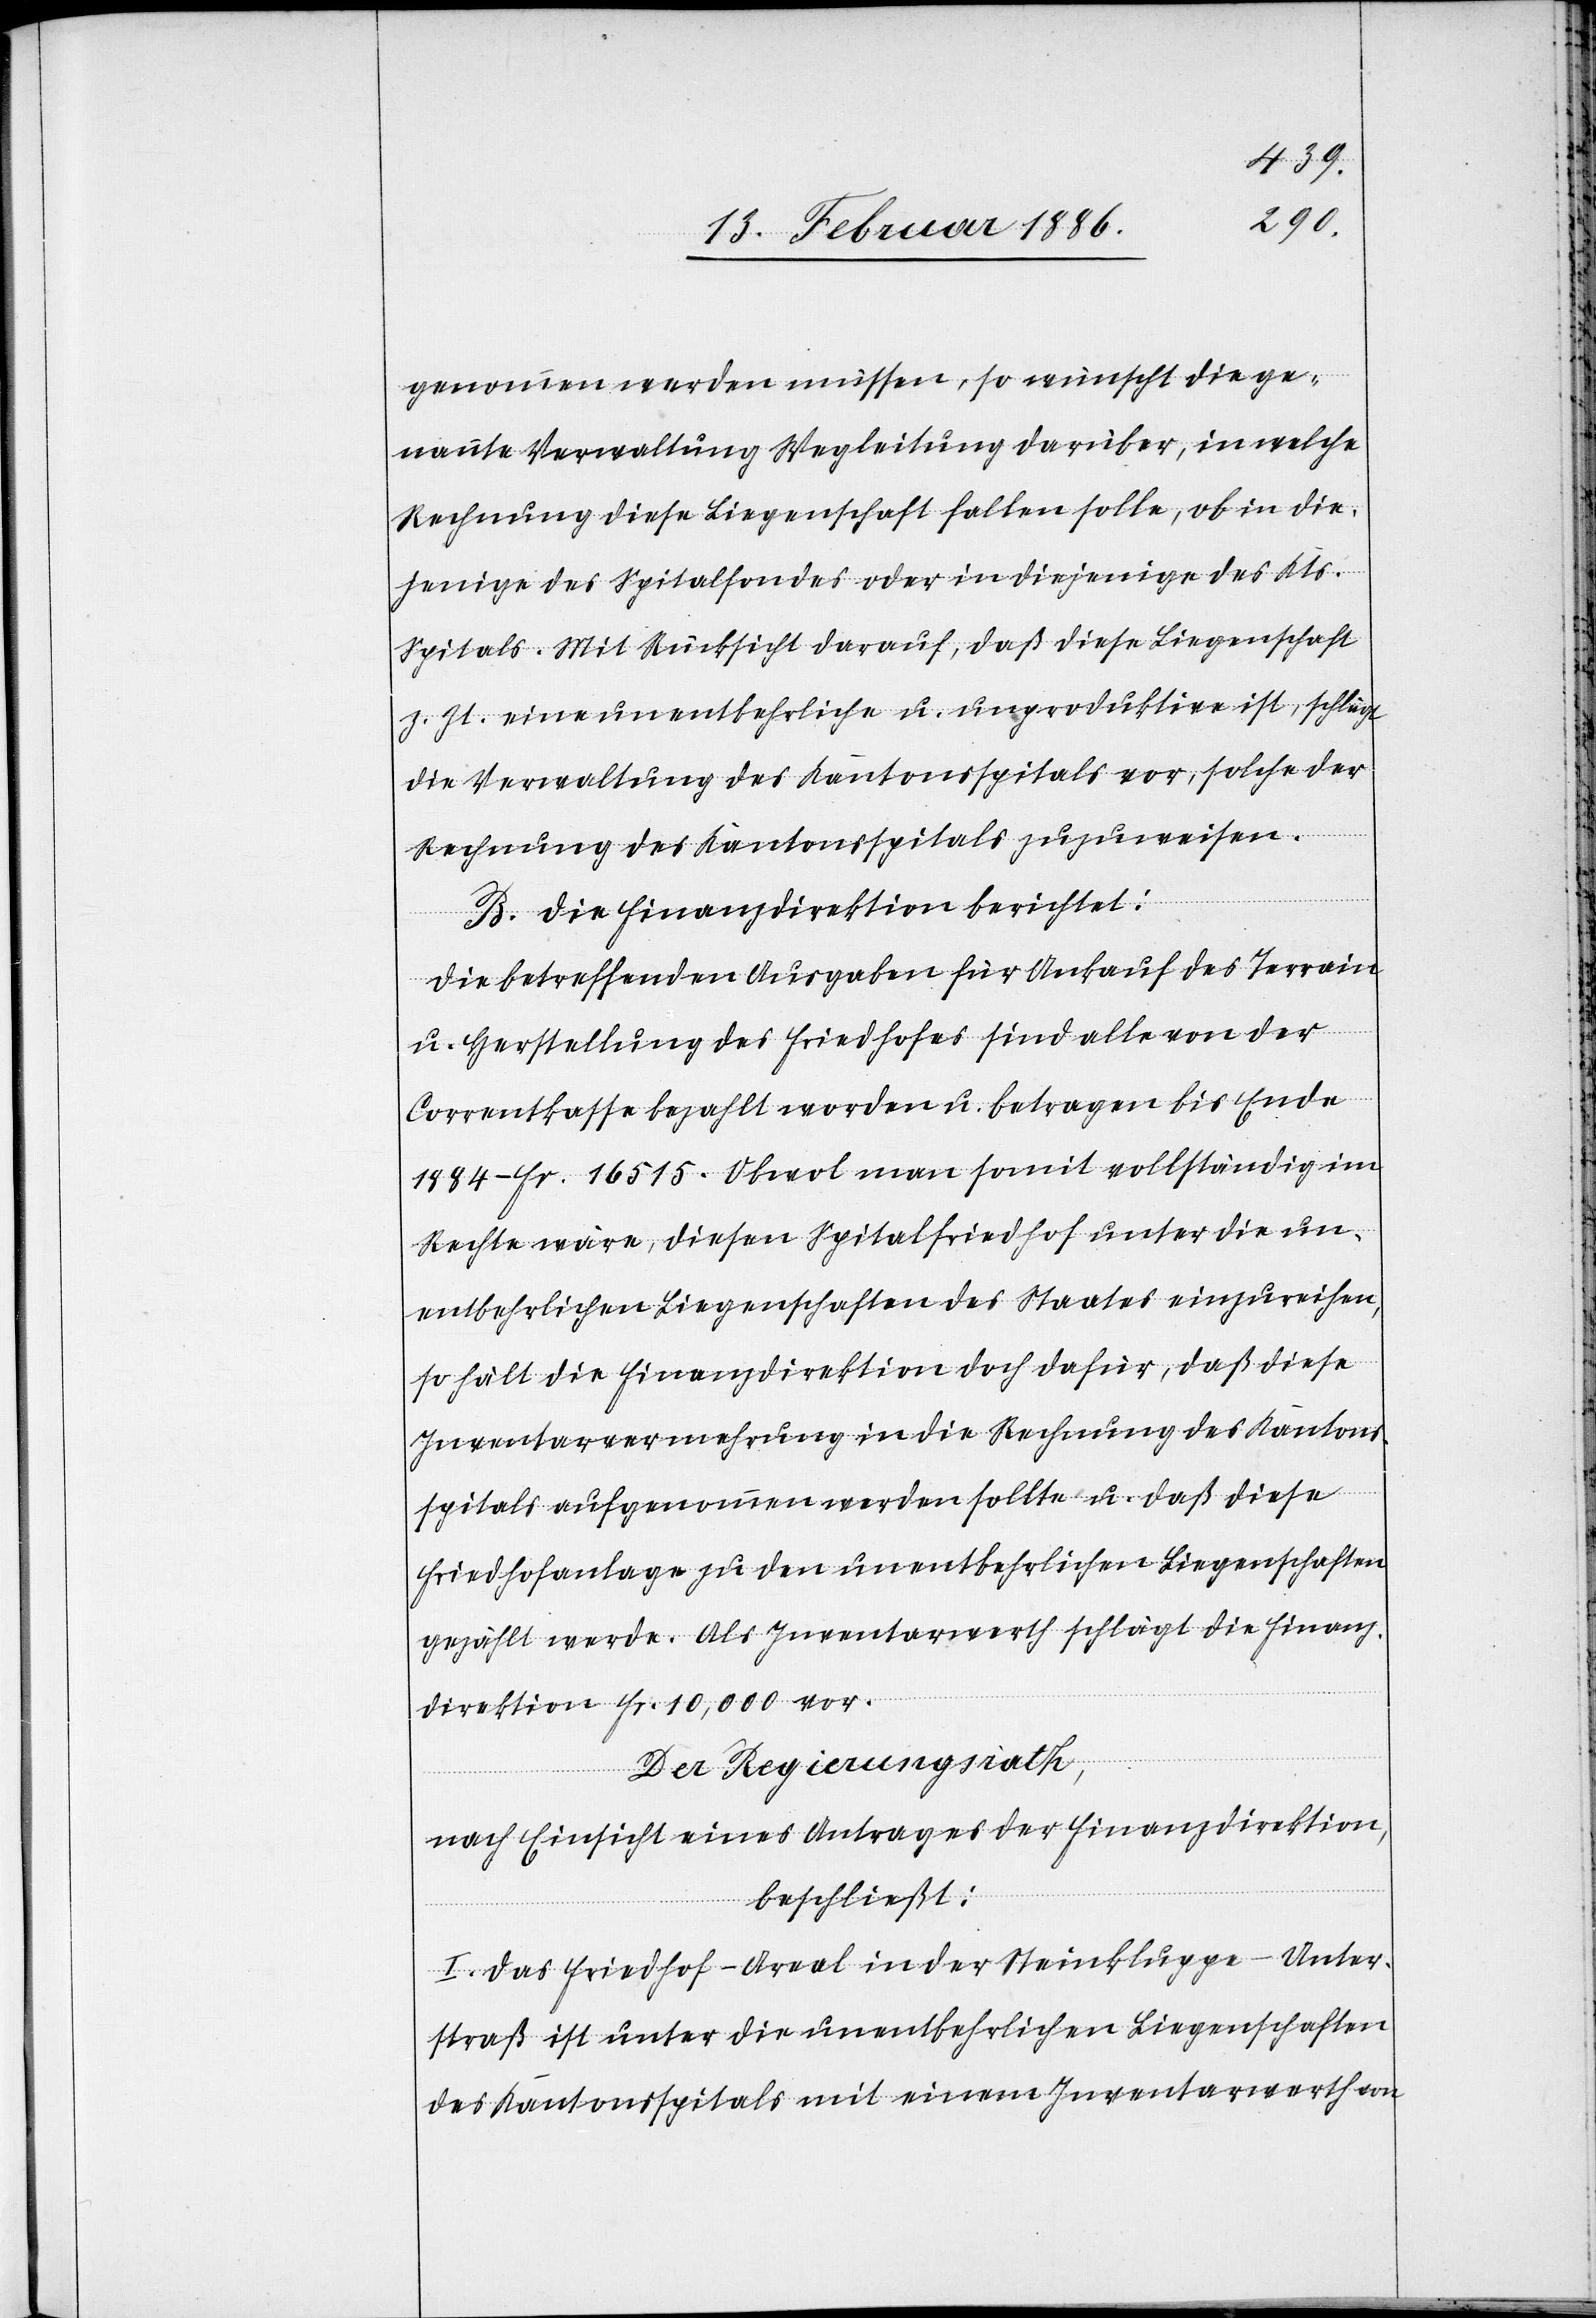
genommen werden müssen, so wünscht die ge¬
nannte Verwaltung Wegleitung darüber, in welche
Rechnung diese Liegenschaft fallen solle, ob in die¬
jenige des Spitalfondes oder in diejenige des Kts.
Spitals. Mit Rücksicht darauf, daß diese Liegenschaft
z. Zt. eine unentbehrliche u. unproduktive ist, schlüge
die Verwaltung des Kantonsspitals vor, solche der
Rechnung des Kantonsspitals zuzuweisen.
B. Die Finanzdirektion berichtet:
Die betreffenden Ausgaben für Ankauf des Terrain
u. Herstellung des Friedhofes sind alle von der
Correntkasse bezahlt worden u. betragen bis Ende
1884 Fr. 16,515. man somit vollständig im
Rechte wäre, diesen Spitalfriedhof unter die un¬
entbehrlichen Liegenschaften des Staates einzureichen,
so hält die Finanzdirektion doch dafür, daß diese
Inventarvermehrung in die Rechnung des Kantons¬
spitals aufgenommen werden wollte u. daß diese
Friedhofanlage zu den unentbehrlichen Liegenschaften
gezählt werde. Als Inventarwerth schlägt die Finanz¬
direktion Fr. 10,000 vor.
Der Regierungsrath,
nach Einsicht eines Antrages der Finanzdirektion,
beschließt:
I. Das Friedhof-Areal in der Steinklugge - Unter¬
straß ist unter die unentbehrlichen Liegenschaften
des Kantonsspitals mit einem Inventarwerth von